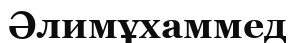
Әлимұхаммед